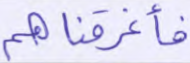
فأغرقناهم